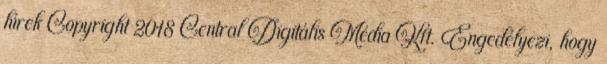
hírek Copyright 2018 Central Digitális Média Kft. Engedélyezi, hogy